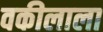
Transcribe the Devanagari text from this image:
वकीलाला